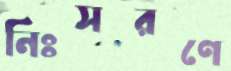
নিঃসরণে